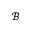
\mathscr { B }